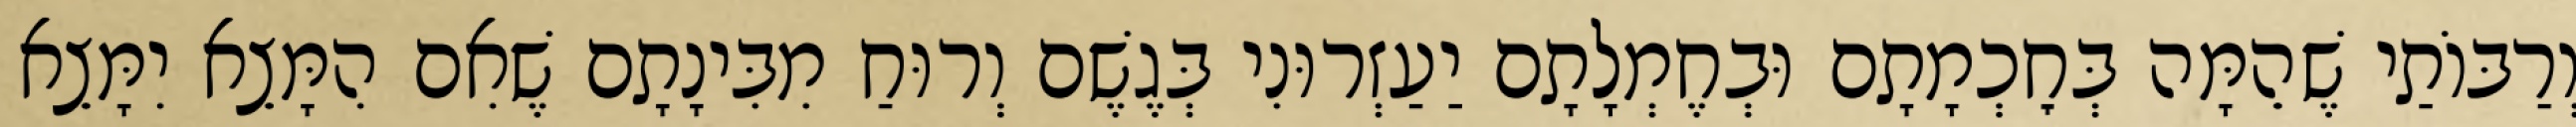
וְרַבּוֹתַי שֶׁהֵמָּה בְּחׇכְמָתָם וּבְחֶמְלָתָם יַעַזְרוּנִי בְּגֶשֶׁם וְרוּחַ מִבִּינָתָם שֶׁאִם הִמָּצֵא יִמָּצֵא